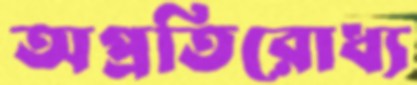
অপ্রতিরোধ্য